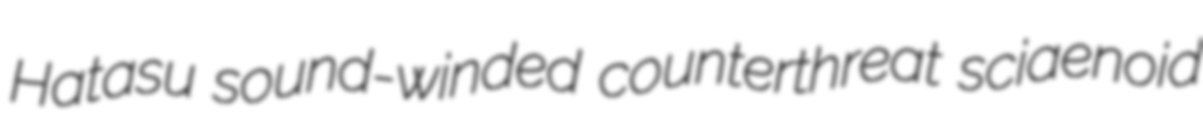
Hatasu sound-winded counterthreat sciaenoid